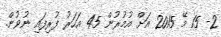
2- 15 މޭ 2015 އަށް އުމުރުން 45 އަހަރު ފުރިފައި ނުވުން.